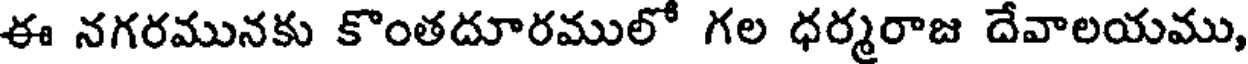
ఈ నగరమునకు కొంతదూరములో గల ధర్మరాజ దేవాలయము,